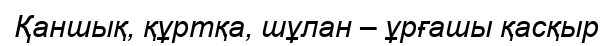
Қаншық, құртқа, шұлан – ұрғашы қасқыр